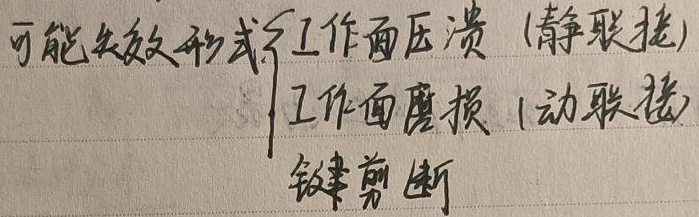
可能失效形式
\[
\begin{cases}
\text{工作面压溃（静联接）} \\
\text{工作面磨损（动联接）} \\
\text{键剪断}
\end{cases}
\]